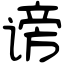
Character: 谤